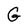
Character: G